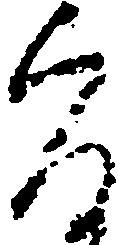
旨